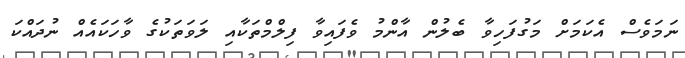
ނަމަވެސް އެކަމަށް މަގުފަހިވާ ބެލުން އާންމު ވެފައިވާ ފިލްމްތަކާއި ލަވަތަކުގެ ވާހަކައެއް ނުދައްކަ